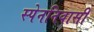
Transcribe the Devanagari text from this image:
स्पेननिवासी